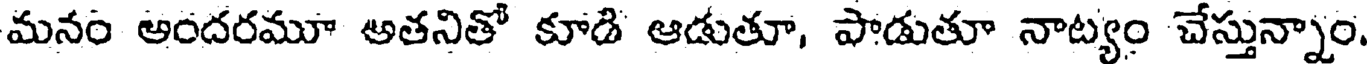
మనం అందరమూ అతనితో కూడి ఆడుతూ, పాడుతూ నాట్యం చేస్తున్నాం